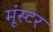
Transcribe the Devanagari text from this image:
मूंस्टर